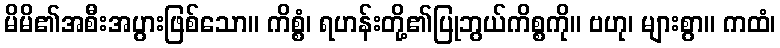
မိမိ၏အစီးအပွားဖြစ်သော။ ကိစ္စံ၊ ရဟန်းတို့၏ပြုဘွယ်ကိစ္စကို။ ဗဟု၊ များစွာ။ ကထံ၊